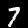
Digit: 7